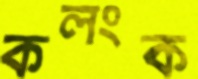
কলংক